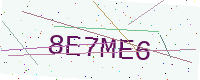
Text: 8E7ME6